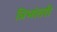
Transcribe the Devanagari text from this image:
त्रिभांतरी